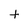
Character: t